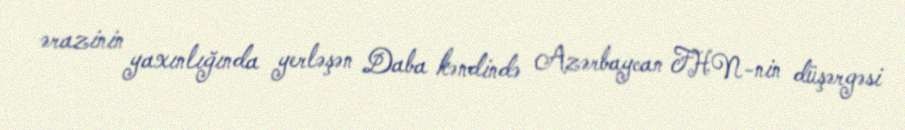
ərazinin yaxınlığında yerləşən Daba kəndində Azərbaycan FHN-nin düşərgəsi